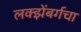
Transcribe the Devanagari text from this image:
लक्झेंबर्गचा